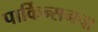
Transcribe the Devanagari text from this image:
पार्किन्सनचा